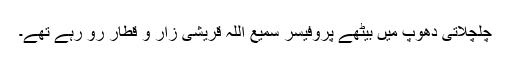
چلچلاتی دھوپ میں بیٹھے پروفیسر سمیع اللہ قریشی زار و قطار رو رہے تھے۔